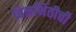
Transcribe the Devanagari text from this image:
बिनभिंतीची